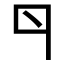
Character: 𠁾